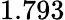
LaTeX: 1.793